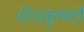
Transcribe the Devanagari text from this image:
पीतकृष्णौ